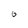
Character: 0